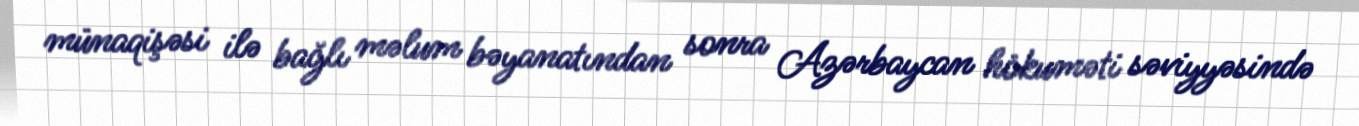
münaqişəsi ilə bağlı məlum bəyanatından sonra Azərbaycan hökuməti səviyyəsində